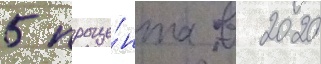
5 проце́нта в 2020